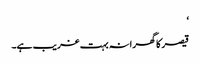
‘
قیصر کا گھرانہ بہت غریب ہے۔